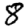
Digit: 8